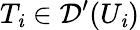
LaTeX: T_{\mathit{i}}\in{\mathcal{{D}}}^{\prime}(U_{\mathit{i}})